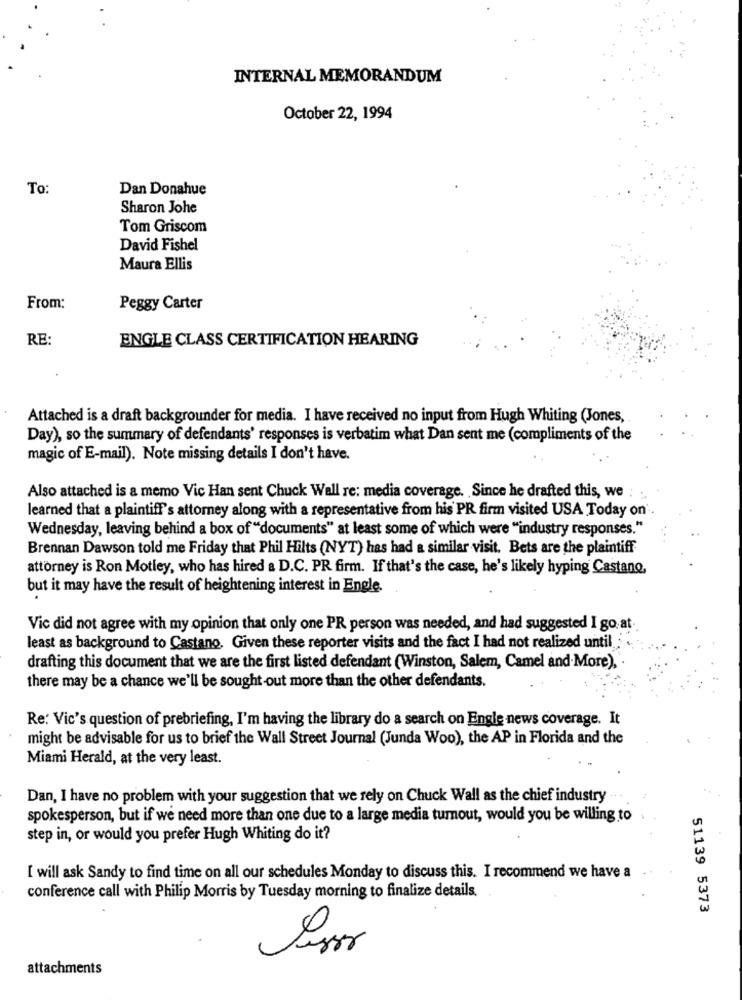
INTERNAL MEMORANDUM
October 22, 1994
To:
Dan Donahue
Sharon Johe
Tom Griscom
David Fishel
Maura Ellis
From:
Peggy Carter
RE:
ENGLE CLASS CERTIFICATION HEARING
Attached is a draft backgrounder for media. I have received no input from Hugh Whiting (Jones,
Day), so the summary of defendants' responses is verbatim what Dan sent me (compliments of the
magic of E-mail). Note missing details I don't have.
Also attached is a memo Vic Han sent Chuck Wall re: media coverage. Since he drafted this, we : :.
learned that a plaintiff's attorney along with a representative from his PR firm visited USA Today on'.
Wednesday, leaving behind a box of "documents" at least some of which were "industry responses."
Brennan Dawson told me Friday that Phil Hilts (NYT) has had a similar visit. Bets are the plaintiff
attorney is Ron Motley, who has hired a D.C. PR firm. If that's the case, he's likely hyping Castano,
but it may have the result of heightening interest in Engle.
Vic did not agree with my opinion that only one PR person was needed, and had suggested I go at.
least as background to Castano. Given these reporter visits and the fact I had not realized until
drafting this document that we are the first listed defendant (Winston, Salem, Camel and More),
there may be a chance we'll be sought -out more than the other defendants.
Re: Vic's question of prebriefing, I'm having the library do a search on Engle news coverage. It
might be advisable for us to brief the Wall Street Journal (Junda Woo), the AP in Florida and the
Miami Herald, at the very least.
Dan, I have no problem with your suggestion that we rely on Chuck Wall as the chief industry
spokesperson, but if we need more than one due to a large media turnout, would you be willing to
step in, or would you prefer Hugh Whiting do it?
I will ask Sandy to find time on all our schedules Monday to discuss this. I recommend we have a
conference call with Philip Morris by Tuesday morning to finalize details.
51139 5373
attachments